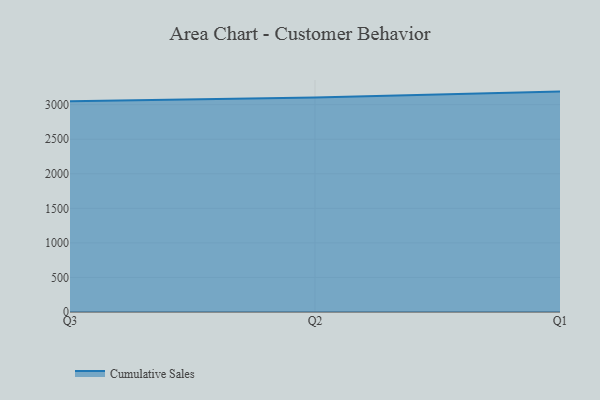
{"axis": {"x": "Quarter", "y": "Humidity (%)"}, "legend": ["Cumulative Sales"], "data": [{"x": "Q3", "y": 3048.5, "type": "Cumulative Sales"}, {"x": "Q2", "y": 3105.4, "type": "Cumulative Sales"}, {"x": "Q1", "y": 3189.1, "type": "Cumulative Sales"}]}